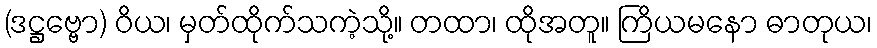
(ဒဋ္ဌဗ္ဗော) ဝိယ၊ မှတ်ထိုက်သကဲ့သို့။ တထာ၊ ထိုအတူ။ ကြိယမနော ဓာတုယ၊